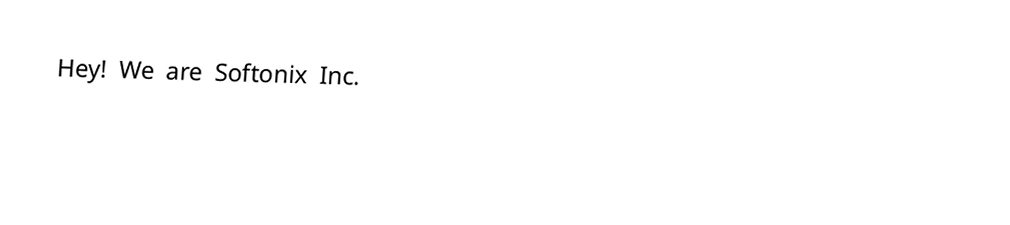
Hey! We are Softonix Inc.